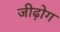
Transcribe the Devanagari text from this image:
जीढ़ोग